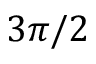
3 \pi / 2